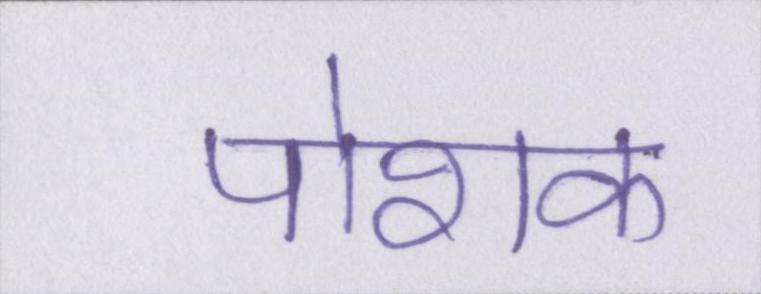
पोशक